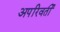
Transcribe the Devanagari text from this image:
अपरिवर्तीं